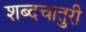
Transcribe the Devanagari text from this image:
शब्दचातुरी